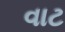
વાટ